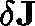
\mathbf { \delta J }